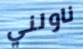
ناولني